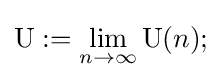
\operatorname {U} :=\lim _{n\rightarrow \infty }\operatorname {U} (n);